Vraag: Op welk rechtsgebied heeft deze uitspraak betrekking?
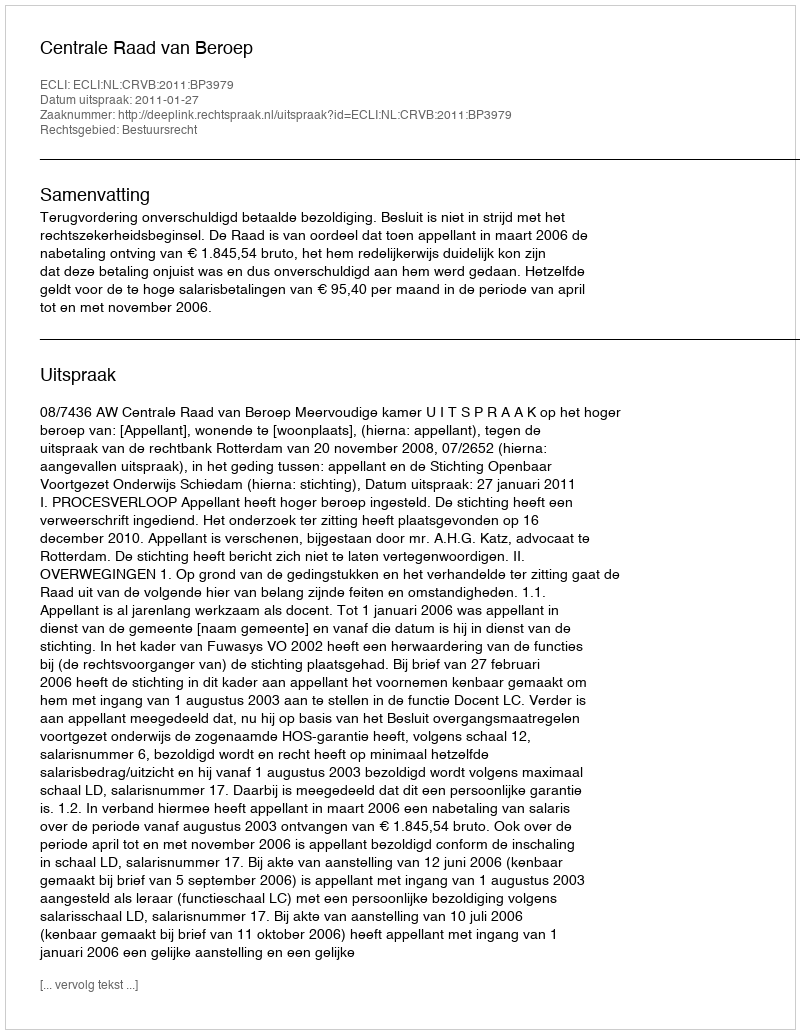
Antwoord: Bestuursrecht